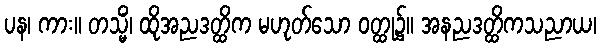
ပန၊ ကား။ တသ္မိံ၊ ထိုအညဒတ္ထိက မဟုတ်သော ဝတ္ထု၌။ အနညဒတ္ထိကသညာယ၊